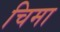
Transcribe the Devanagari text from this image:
चिमा